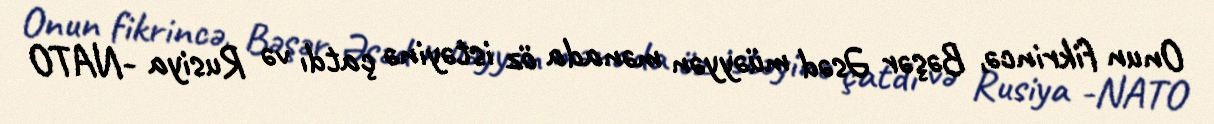
Onun fikrincə, Bəşər Əsəd müəyyən mənada öz istəyinə çatdı və Rusiya -NATO